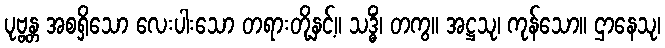
ပုဗ္ဗန္တ အစရှိသော လေးပါးသော တရားတို့နှင့်။ သဒ္ဓိံ၊ တကွ။ အဋ္ဌသု၊ ကုန်သော။ ဌာနေသု၊